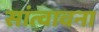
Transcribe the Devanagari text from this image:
सांत्वावना